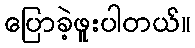
ပြောခဲ့ဖူးပါတယ်။